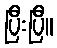
ပြီးပြီ။